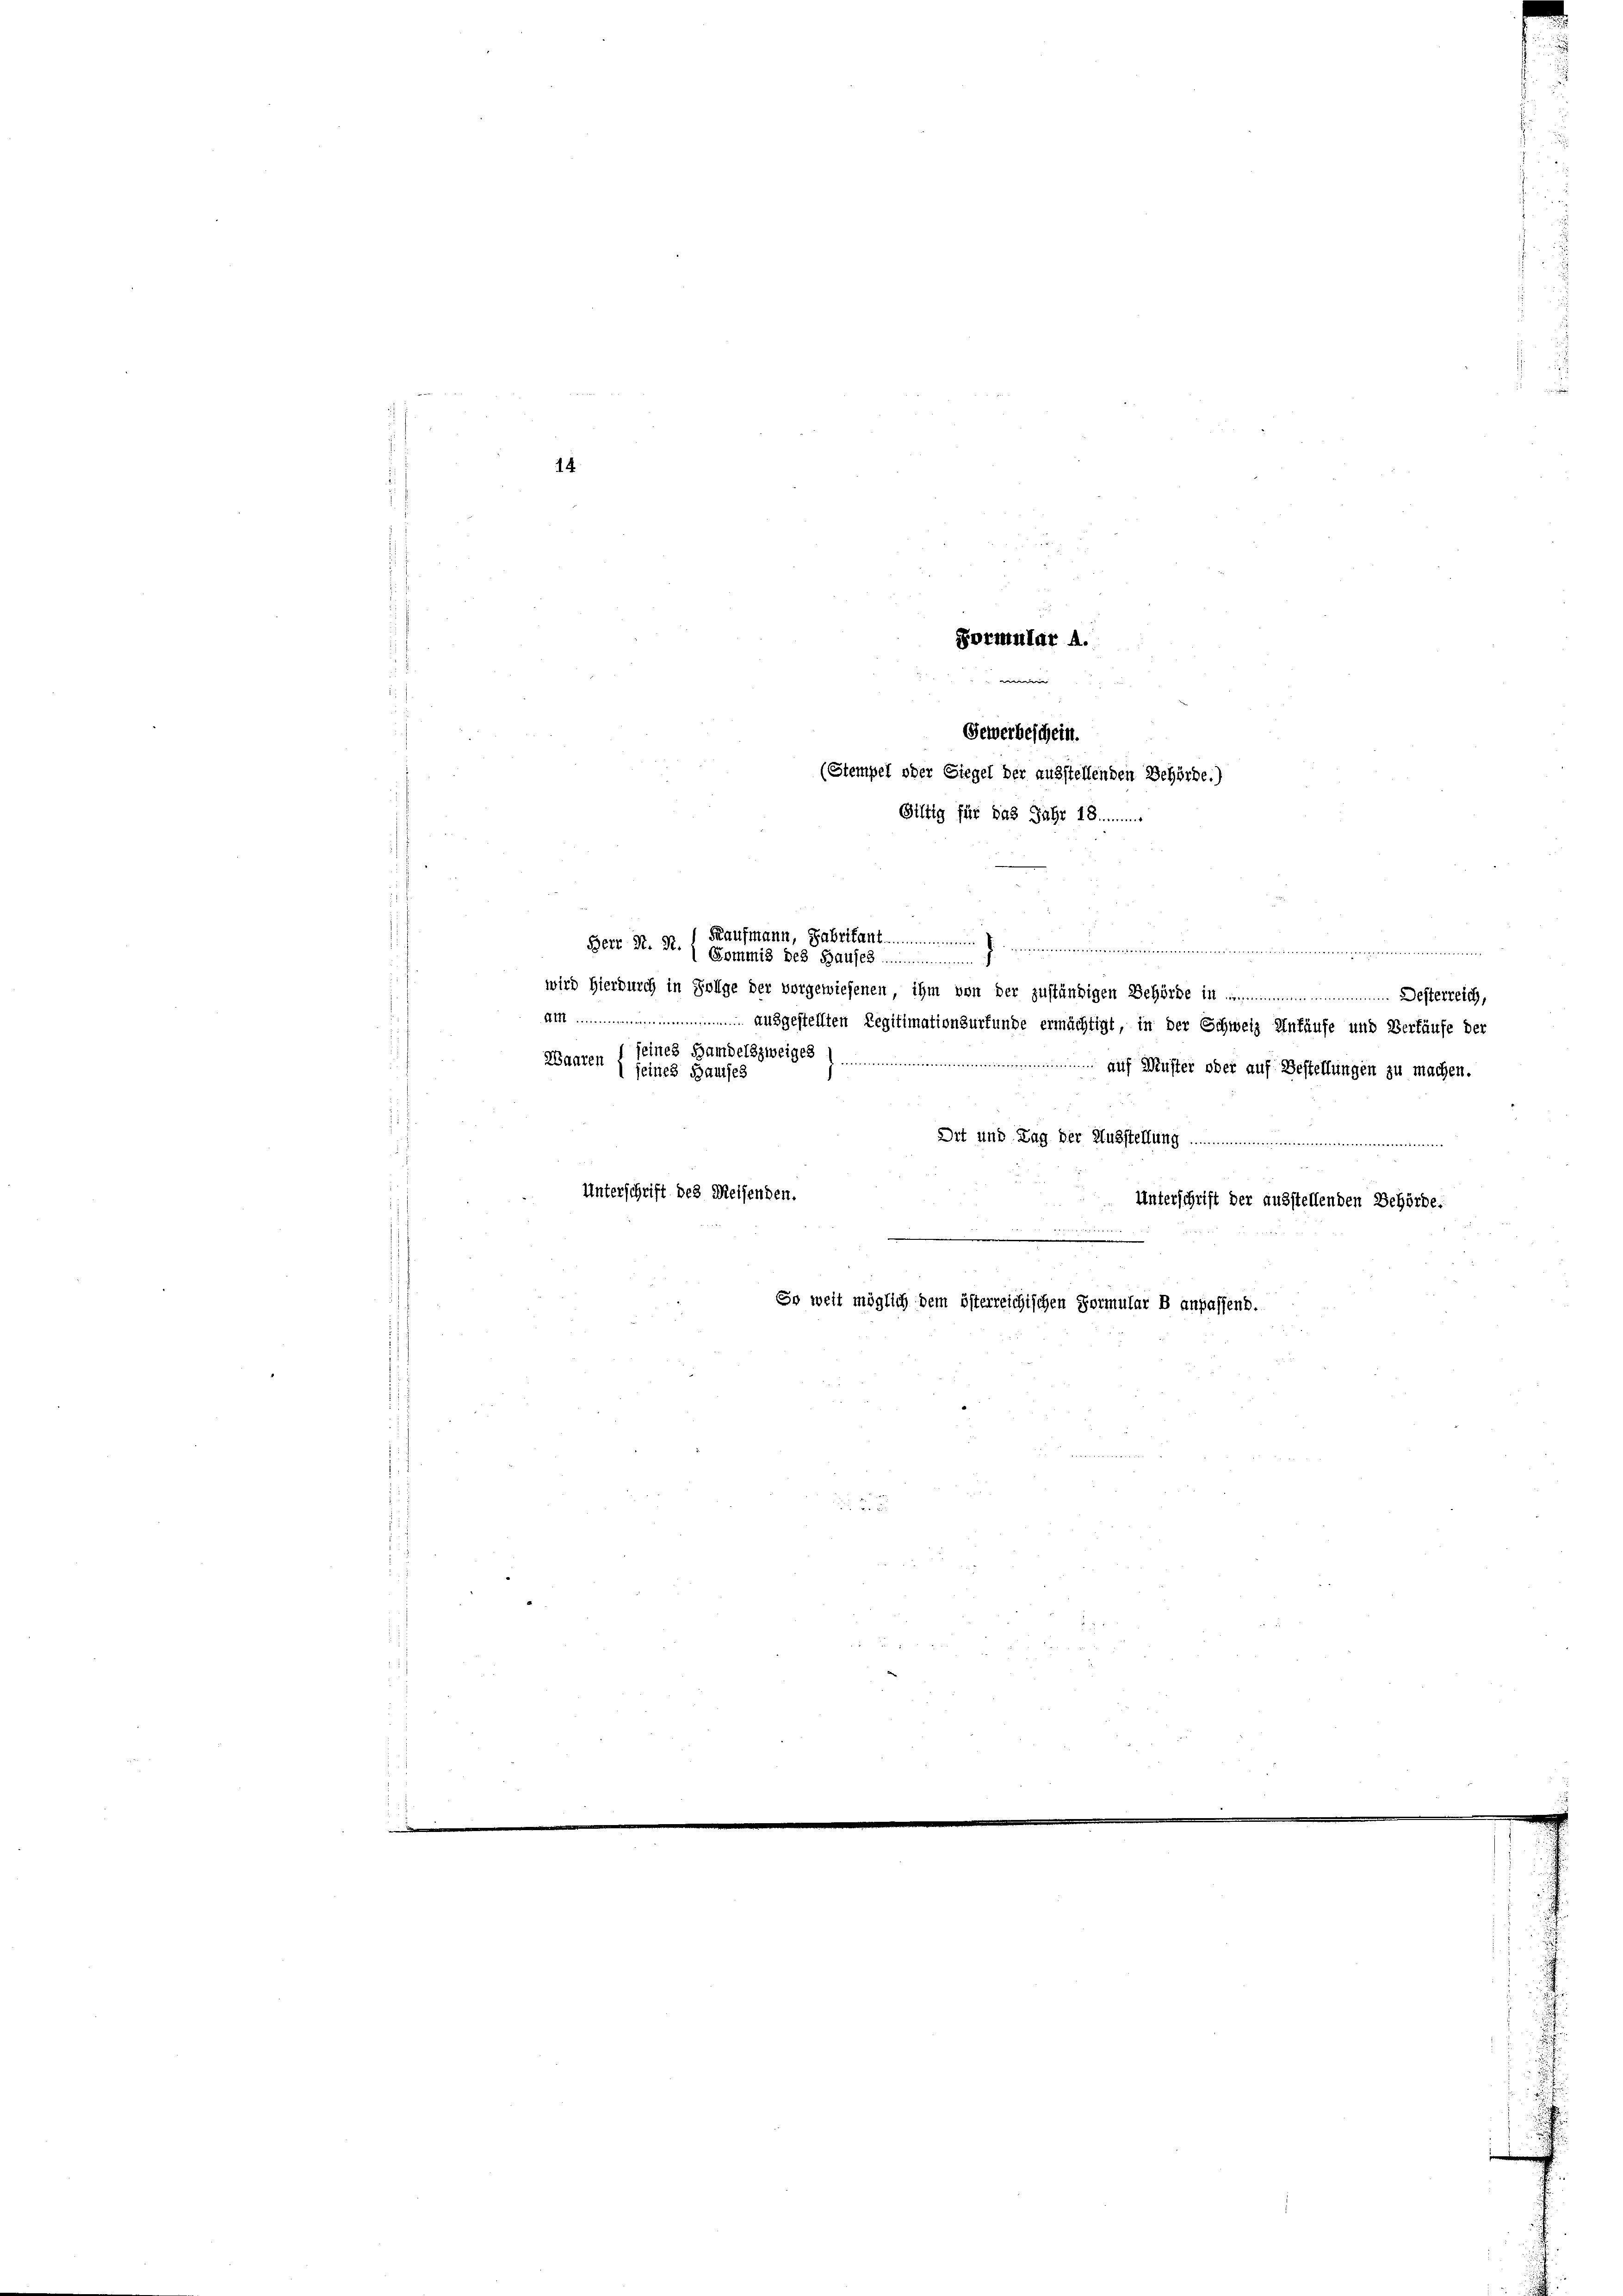
Herr K. R. (Commis des Hauses
seines Handelszweiges
Waaren seines Hauses

Gewerbeschein.
(Stempel oder Siegel der ausstellenden Behörde.)
Giltig für das Jahr 18........

Kaufmann, Gabritant ..............................................................
wird hierdurch in Folge der vorgewiesenen, ihm von der zuständigen Behörde in

am ................. ausgestellten Legitimationsurfunde ermächtigt, in der Schweiz Unfäufe und Verkäufe der
Dit und Tag der Ausstellung
Unterschrift des Meisenden.

So weit möglich dem österreichischen Formular B anpassend.

Formular A.

e
Unterschrift der ausstellenden Behörde.

auf Muster oder auf Bestellungen zu machen.

Desterreich,